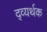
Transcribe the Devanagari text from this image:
द्व्यर्थक